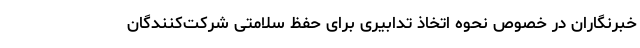
خبرنگاران در خصوص نحوه اتخاذ تدابیری برای حفظ سلامتی شرکت‌کنندگان